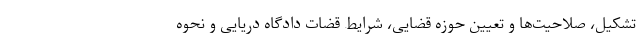
تشکیل، صلاحیت‌ها و تعیین حوزه قضایی، شرایط قضات دادگاه دریایی و نحوه